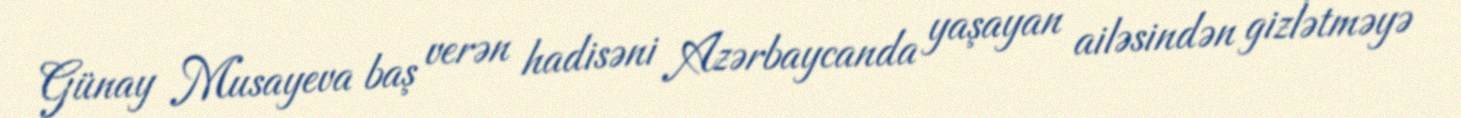
Günay Musayeva baş verən hadisəni Azərbaycanda yaşayan ailəsindən gizlətməyə